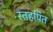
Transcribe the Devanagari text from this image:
स्तहपित